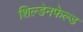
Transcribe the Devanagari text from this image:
शिल्डेनफेल्ड